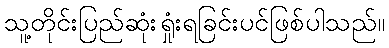
သူ့တိုင်းပြည်ဆုံးရှုံးရခြင်းပင်ဖြစ်ပါသည်။